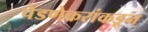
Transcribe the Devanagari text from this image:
पेडणेकरांकडून